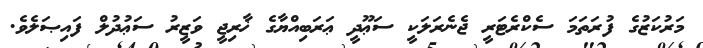
މަރުކަޒުގެ ފުރަތަމަ ސެކްރެޓަރީ ޖެނެރަލަކީ ސަޢޫދީ ޢަރަބިއްޔާގެ ޚާރިޖީ ވަޒީރު ސަޢުދުލް ފައިޞަލެވެ.